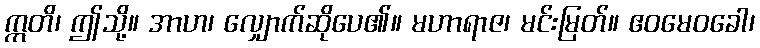
ဣတိ၊ ဤသို့။ အာဟ၊ လျှောက်ဆိုပေ၏။ မဟာရာဇ၊ မင်းမြတ်။ ဧဝမေဝခေါ၊